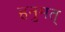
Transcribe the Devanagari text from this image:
हनुमत्